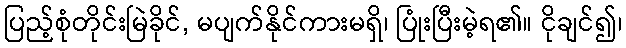
ပြည့်စုံတိုင်းမြဲခိုင်, မပျက်နိုင်ကားမရှိ၊ ပြုံးပြီးမဲ့ရ၏။ ငိုချင်၍၊